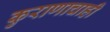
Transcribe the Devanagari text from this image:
कुराणाचाही